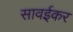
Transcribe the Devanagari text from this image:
सावईकर